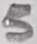
Text: 5